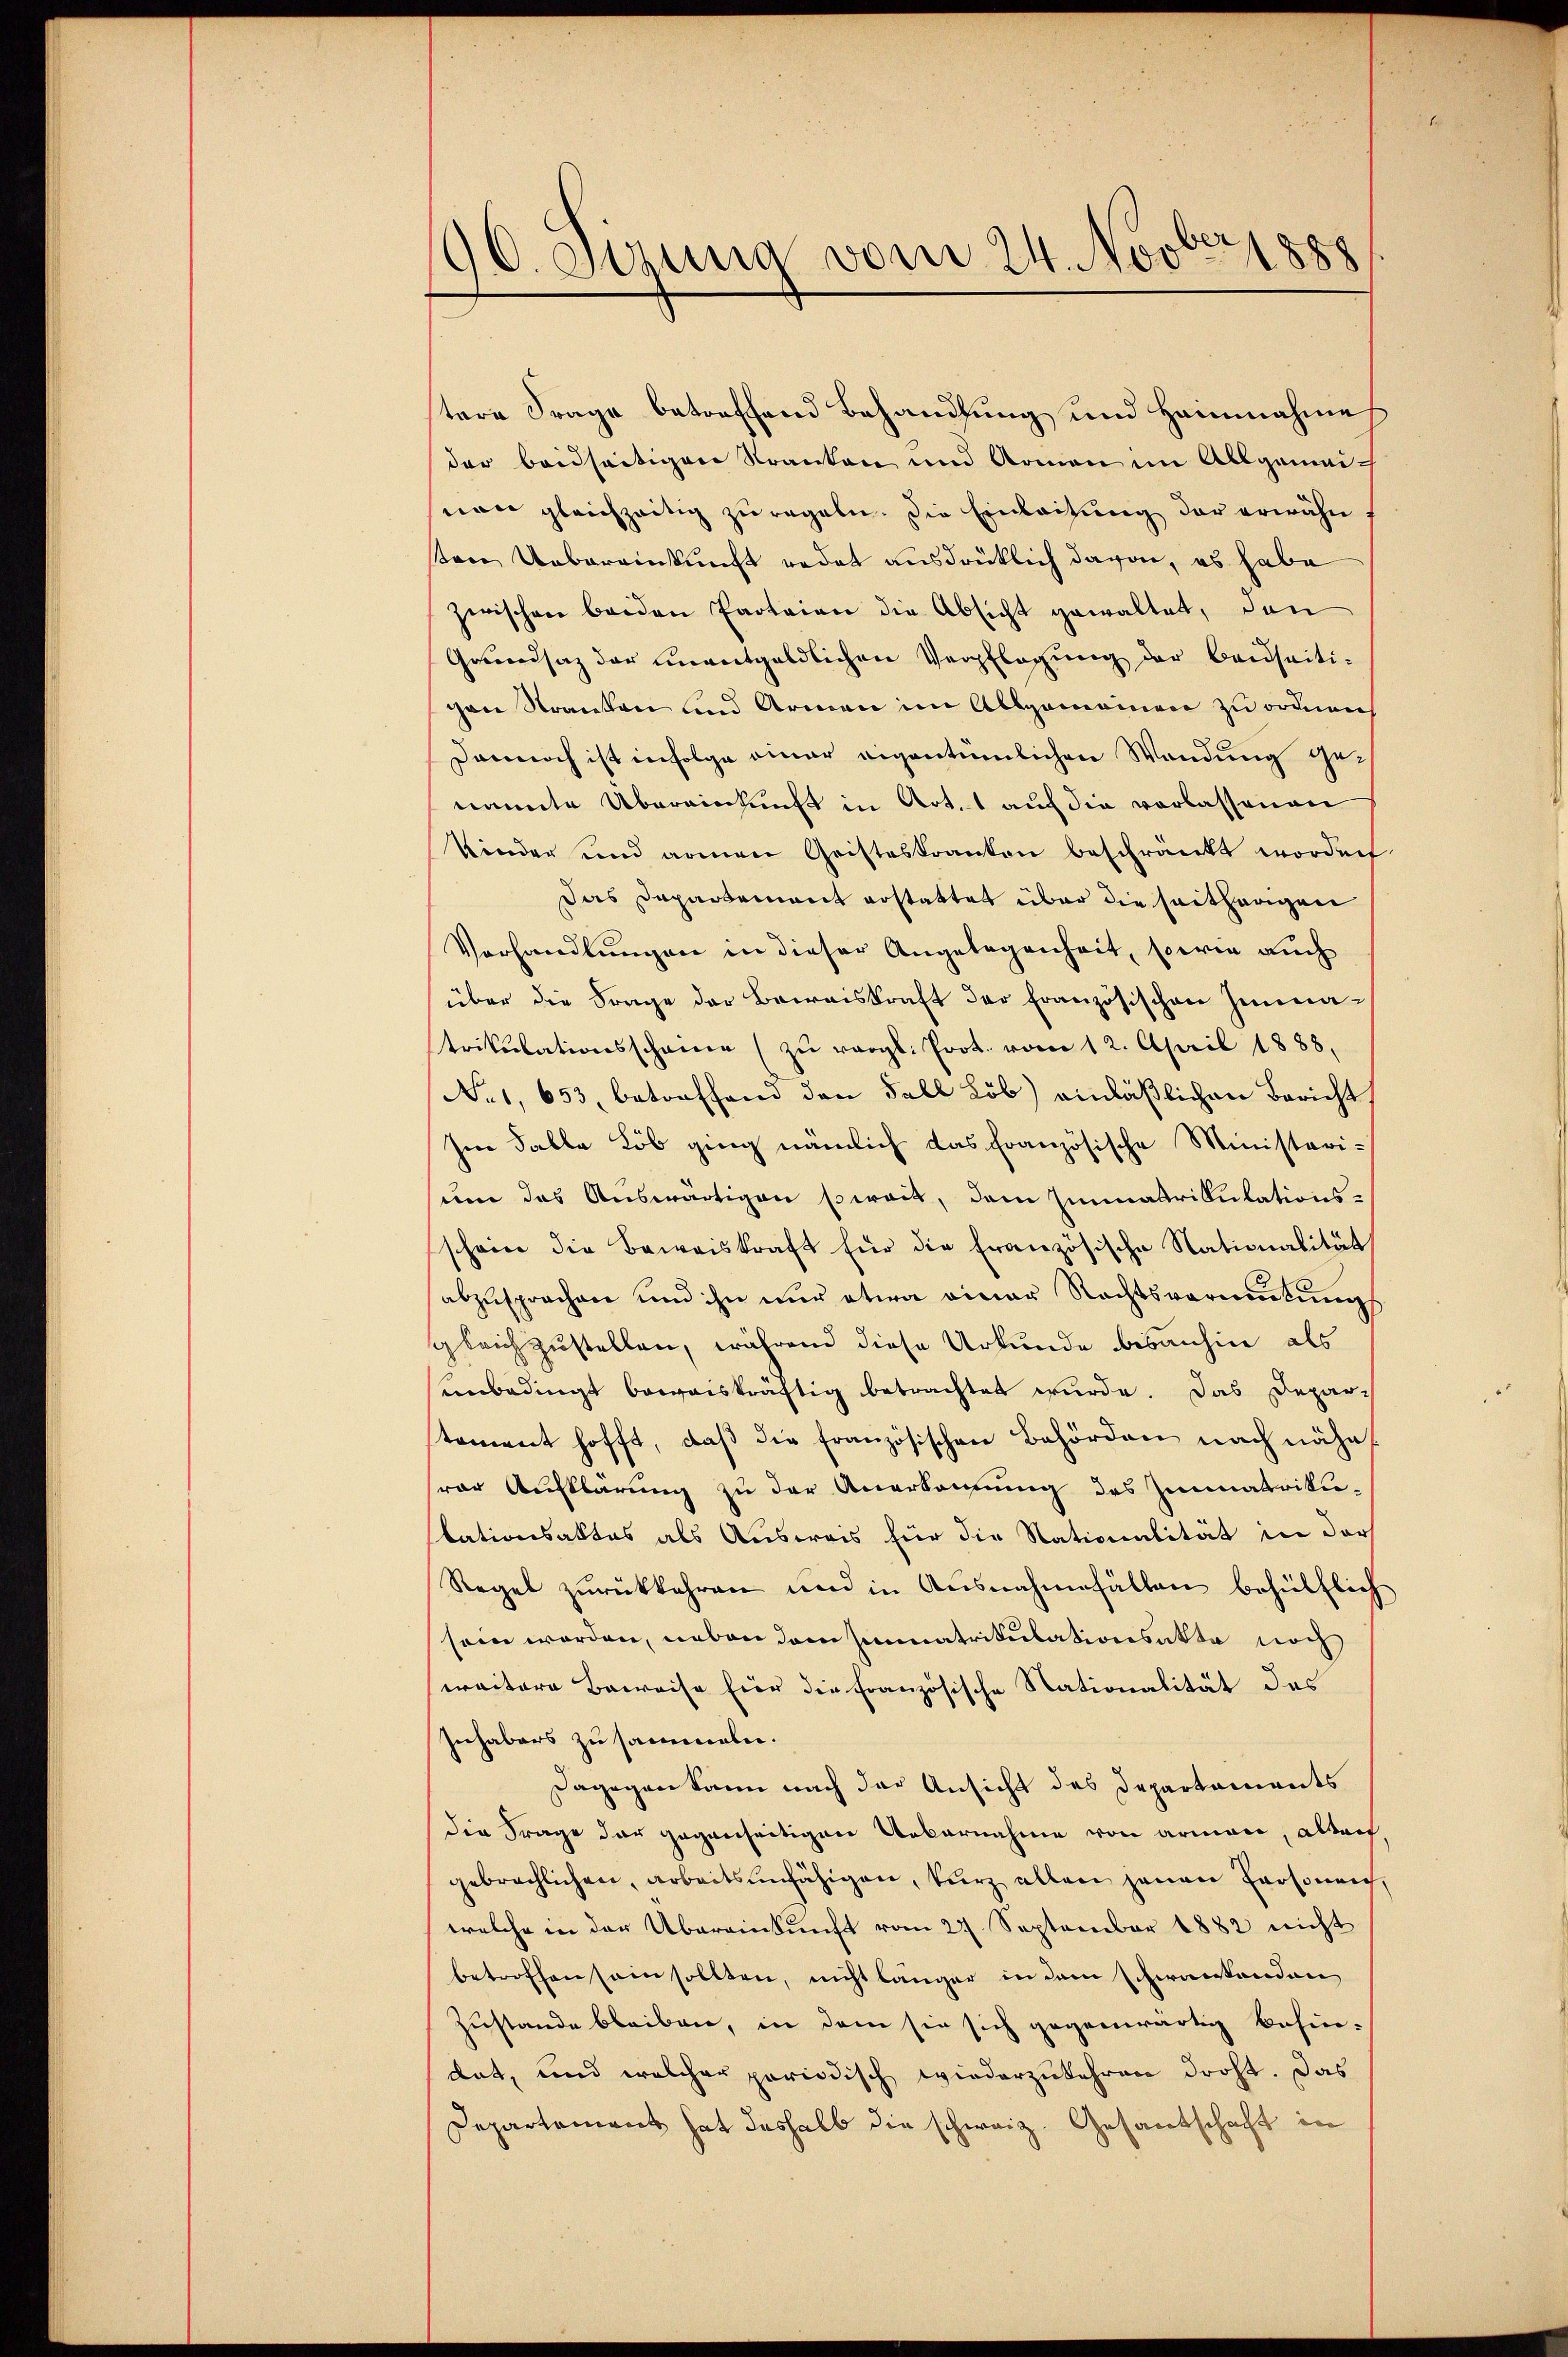
Novbr 1888
96. Jung vom 2

tere Frage betreffend Behandlung und Heinnahmes
der beidseitigen Kranken und Armen im Allgemeinone gleichzeitig zu regeln. Die Einleitung der erwähntene Uebereinkunft redet ausdrücklich davon, es habe
zwischen beiden Parteien die Absicht gewaltet, den
Grundsaz der unentgeldlichen Verpflegung der Beiseitigen Stranken und Armen im Allgemeiner zu ordnen,
Dennoch ist infolge einer eigentümlichen Wendung genannte Übereinkunft in Art. 1 auf die verlassenen
Kinder und armen Geisteskranken beschränkt worden
Das Dapartement erstattet über die saitfragen
Vorhandlungen in dieser Angelegenheit, sowie auch
über die Frage der Beweiskraft der Französischen Immatrikulationsscheine (zu vergl. Prot. vom 12. April 1888,
No. 1, 653, betreffend den Fall Löb) einläßlichen Bericht
Im Falle Lob ging nämlich das französische Ministeri-
sum das Auswärtigen soweit, dem Immatrikulations-
schein die Beweiskraft für die französische Nationalität
abzusprochen und ihn nur etwa einer Rechtsvermutung
gleichzustellen, während diese Urkunde bisanhin als
unbedingt beweiskräftig betrachtet wurde. Das Depar-
stament hofft, daß die französischen Behörden nach nähe
vor Aufklärung zu der Anerkennung des Zimmatrikutationsaktes als Ausweis für die Nationalität in der
Regel zŭrückkehren und in Ausnahmefällen behülflich
sein werden, neben dem Immatrikulationsakte noch
weitere Beweise fier die Französische Nationalität des
Inhabers zusammeln.
Dagegen kann nach der Ansicht des Departements
die Frage der gegenseitigen Uebernahme von armen, alten,
gebrachlichen, arbeitsunfähigen, kurz allein jenen Personeich,
welche in der Übereinkunft vom 27. September 1882 nicht
betroffen sein sollten, nicht länger in dem schwantenden
Zustande bleiben, in dem sie sich gegenwärtig behin-
dat, und welcher periodisch wiederzukehren droht. Das
Departement hat deshalb die schweiz. Gesantschaft in